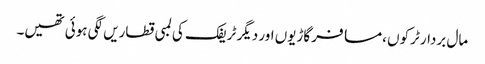
مال بردار ٹرکوں ،مسافر گاڑیوں اور دیگر ٹریفک کی لمبی قطاریں لگی ہوئی تھیں۔